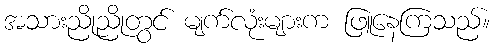
အသားညိုညိုတွင် မျက်လုံးများက ဖြူနေကြသည်။